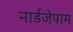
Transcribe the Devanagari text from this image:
नार्डजेपाम